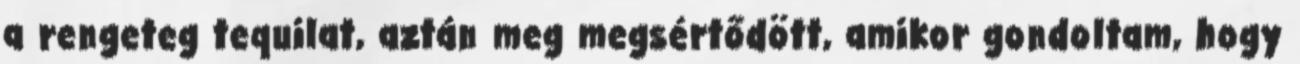
a rengeteg tequilat, aztán meg megsértődött, amikor gondoltam, hogy